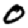
Digit: 0